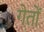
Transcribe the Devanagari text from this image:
गेतों